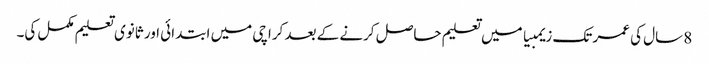
8 سال کی عمر تک زیمبیا میں تعلیم حاصل کرنے کے بعد کراچی میں ابتدائی اور ثانوی تعلیم مکمل کی۔